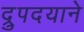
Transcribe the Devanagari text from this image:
द्रुपदयाने